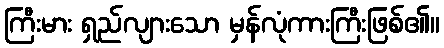
ကြီးမား ရှည်လျားသော မှန်လုံကားကြီးဖြစ်၏။